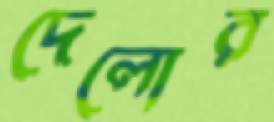
দেলোর